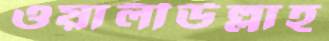
ওয়ালীউল্লাহ